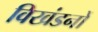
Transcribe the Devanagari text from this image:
विखंडनों